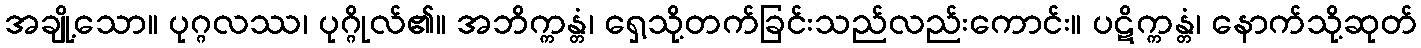
အချို့သော။ ပုဂ္ဂလဿ၊ ပုဂ္ဂိုလ်၏။ အဘိက္ကန္တံ၊ ရှေ့သို့တက်ခြင်းသည်လည်းကောင်း။ ပဋိက္ကန္တံ၊ နောက်သို့ဆုတ်